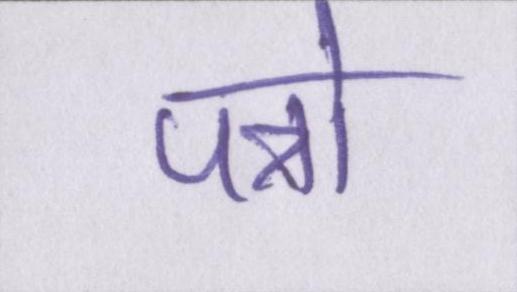
पत्रो